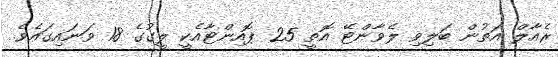
ރެއާލް އަތުން ބަލިވި ލެވާންޓޭ އޮތީ 25 ޕޮއިންޓާއެކީ ލީގުގެ 18 ވަނައިގައެވެ.